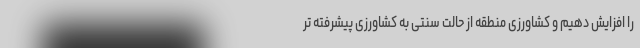
را افزایش دهیم و کشاورزی منطقه از حالت سنتی به کشاورزی پیشرفته تر